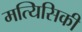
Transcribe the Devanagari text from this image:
मत्यिसिकी